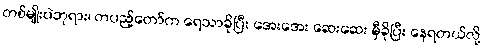
တစ်မျိုးပဲဘုရား၊ တပည့်တော်က ရေသာခိုပြီး အေးအေး ဆေးဆေး မှီခိုပြီး နေရတယ်လို့